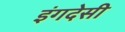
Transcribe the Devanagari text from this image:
इंगदेसी